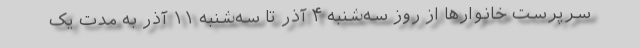
سرپرست خانوار‌ها از روز سه‌شنبه ۴ آذر تا سه‌شنبه ۱۱ آذر به مدت یک